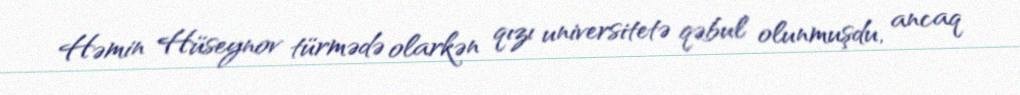
Həmin Hüseynov türmədə olarkən qızı universitetə qəbul olunmuşdu, ancaq